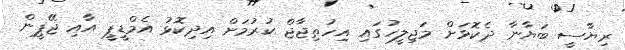
ރިޔާސީ ބަޔާނާ ދެކޮޅަށް މަޖިލީހުގައި އިހުތިޖާޖް ކުރުމަށް އިދިިކޮޅު އެމްޑީޕީ އާއި ޖޭޕީން